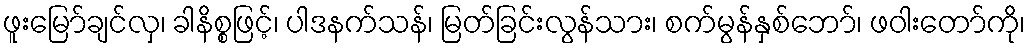
ဖူးမြော်ချင်လှ၊ ခါနိစ္စဖြင့်၊ ပါဒနက်သန်၊ မြတ်ခြင်းလွန်သား၊ စက်မွန်နှစ်ဘော်၊ ဖဝါးတော်ကို၊